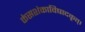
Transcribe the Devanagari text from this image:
कंसशंकाविषादकृत्‌।